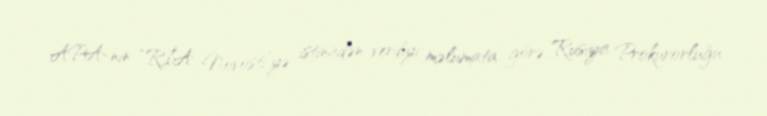
APA-nın “RİA Novosti”yə istinadən verdiyi məlumata görə, Rusiya Prokurorluğu